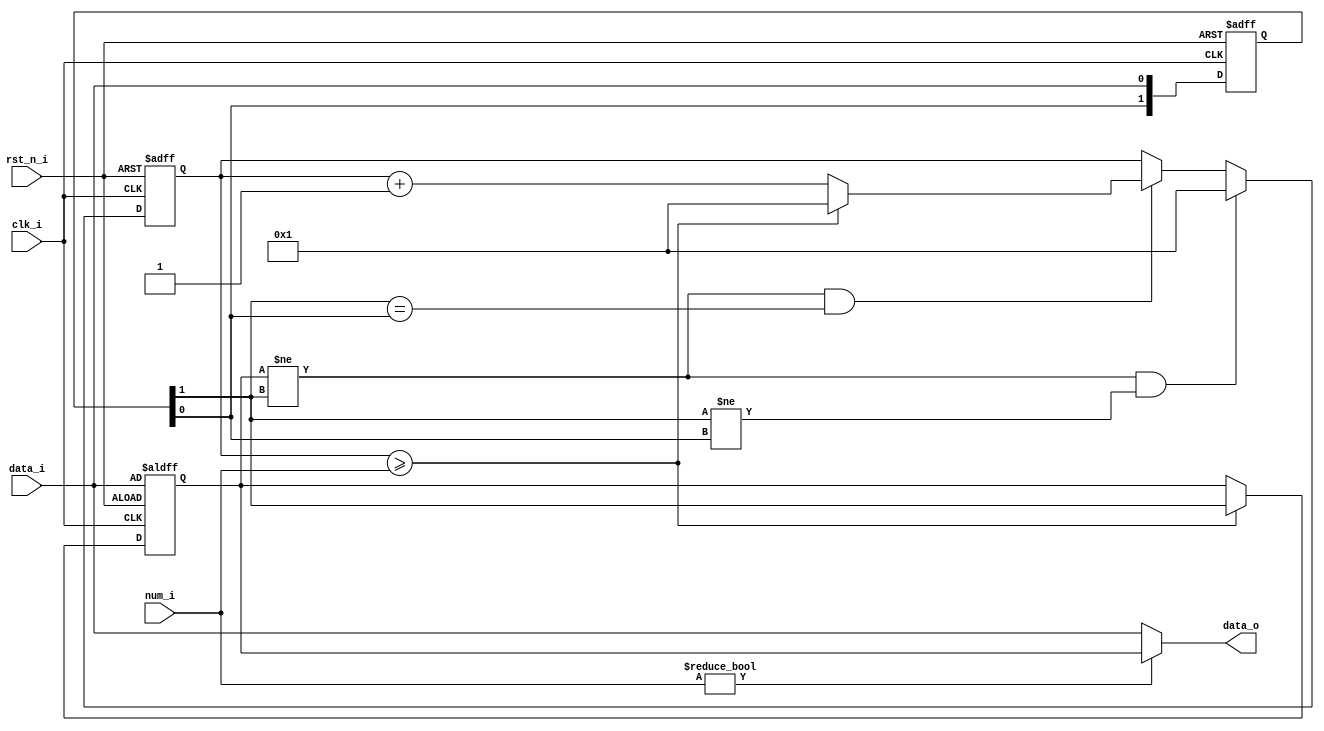
/********************************************************************
* History:															*
*	2021.09.05 setup												*
*	2023.10.07 Add filter number 0 operation						*
* Description:														*
*	shake elimination filter.  										*
*	1.Set up a filter counter.  									*
*	2.compare each sample value with the current valid value.		*
*	3.if the sample value = current valid value,					*
*	the counter is cleared.											*
*	4.if the sample value != is currently valid,					*
*	the counter +1 and determines									*
*	if the counter >= upper limit N(overflow).						*
*	5.if the counter overflows, this value is replaced by			*
*	the current valid value and the counter is cleared.				*
*********************************************************************/
module shake_filter(
	input clk_i,		//input filter clock signal
	input rst_n_i,		//input reset signal
	input [15:0] num_i,	//filter number
	input data_i,		//input data signal
	output data_o	    //filtered data
);
//------------------ reg control -------------------//
reg [15:0]count_sig;	//count register
reg [1:0]temp_sig;		//signal cache
reg data_reg;
//----------------- signal filter ------------------//
always @(posedge clk_i or negedge rst_n_i) begin 
	if(!rst_n_i) temp_sig <= 2'b00;
	else temp_sig <= {temp_sig[0],data_i};
end
always @(posedge clk_i or negedge rst_n_i) begin
	if(!rst_n_i) count_sig <= 16'h1;
	else if((data_reg != temp_sig[1]) && (temp_sig[1] != temp_sig[0])) count_sig <= 16'h1;	//count reset
	else if((data_reg != temp_sig[1]) && (temp_sig[1] == temp_sig[0])) begin 
		if(count_sig >= num_i) count_sig <= 16'h1;	//count reset
		else count_sig <= count_sig + 1'b1; end	//count + 1
	else count_sig <= count_sig;
end
always @(posedge clk_i or negedge rst_n_i) begin
	if(!rst_n_i) data_reg <= data_i;
	else if(count_sig >= num_i) data_reg <= temp_sig[1];	//update when the threshold is reached
	else data_reg <= data_reg;
end
assign data_o = (num_i != 16'h0) ? data_reg : data_i; //if the number of filters is 0, no filtering is performed
endmodule